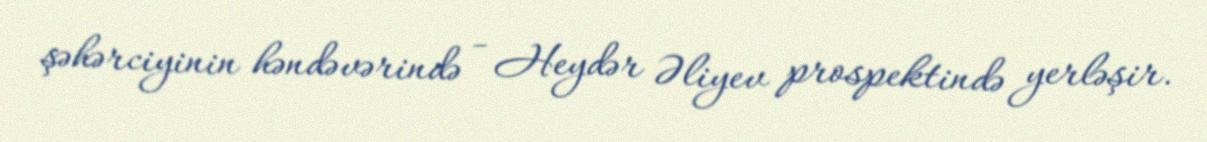
şəhərciyinin həndəvərində - Heydər Əliyev prospektində yerləşir.